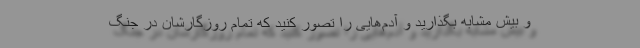
و بیش مشابه بگذارید و آدم‌هایی را تصور کنید که تمام روزگارشان در جنگ